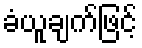
ခံယူချက်ဖြင့်